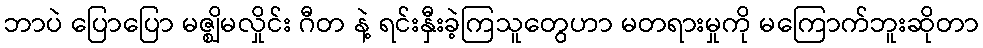
ဘာပဲ ပြောပြော မဇ္ဈိမလှိုင်း ဂီတ နဲ့ ရင်းနှီးခဲ့ကြသူတွေဟာ မတရားမှုကို မကြောက်ဘူးဆိုတာ